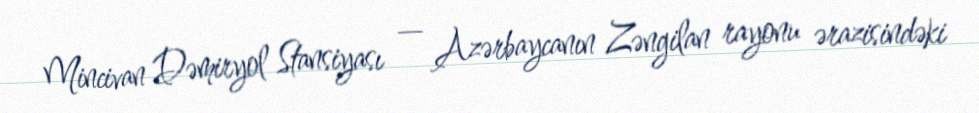
Mincivan Dəmiryol Stansiyası — Azərbaycanın Zəngilan rayonu ərazisindəki